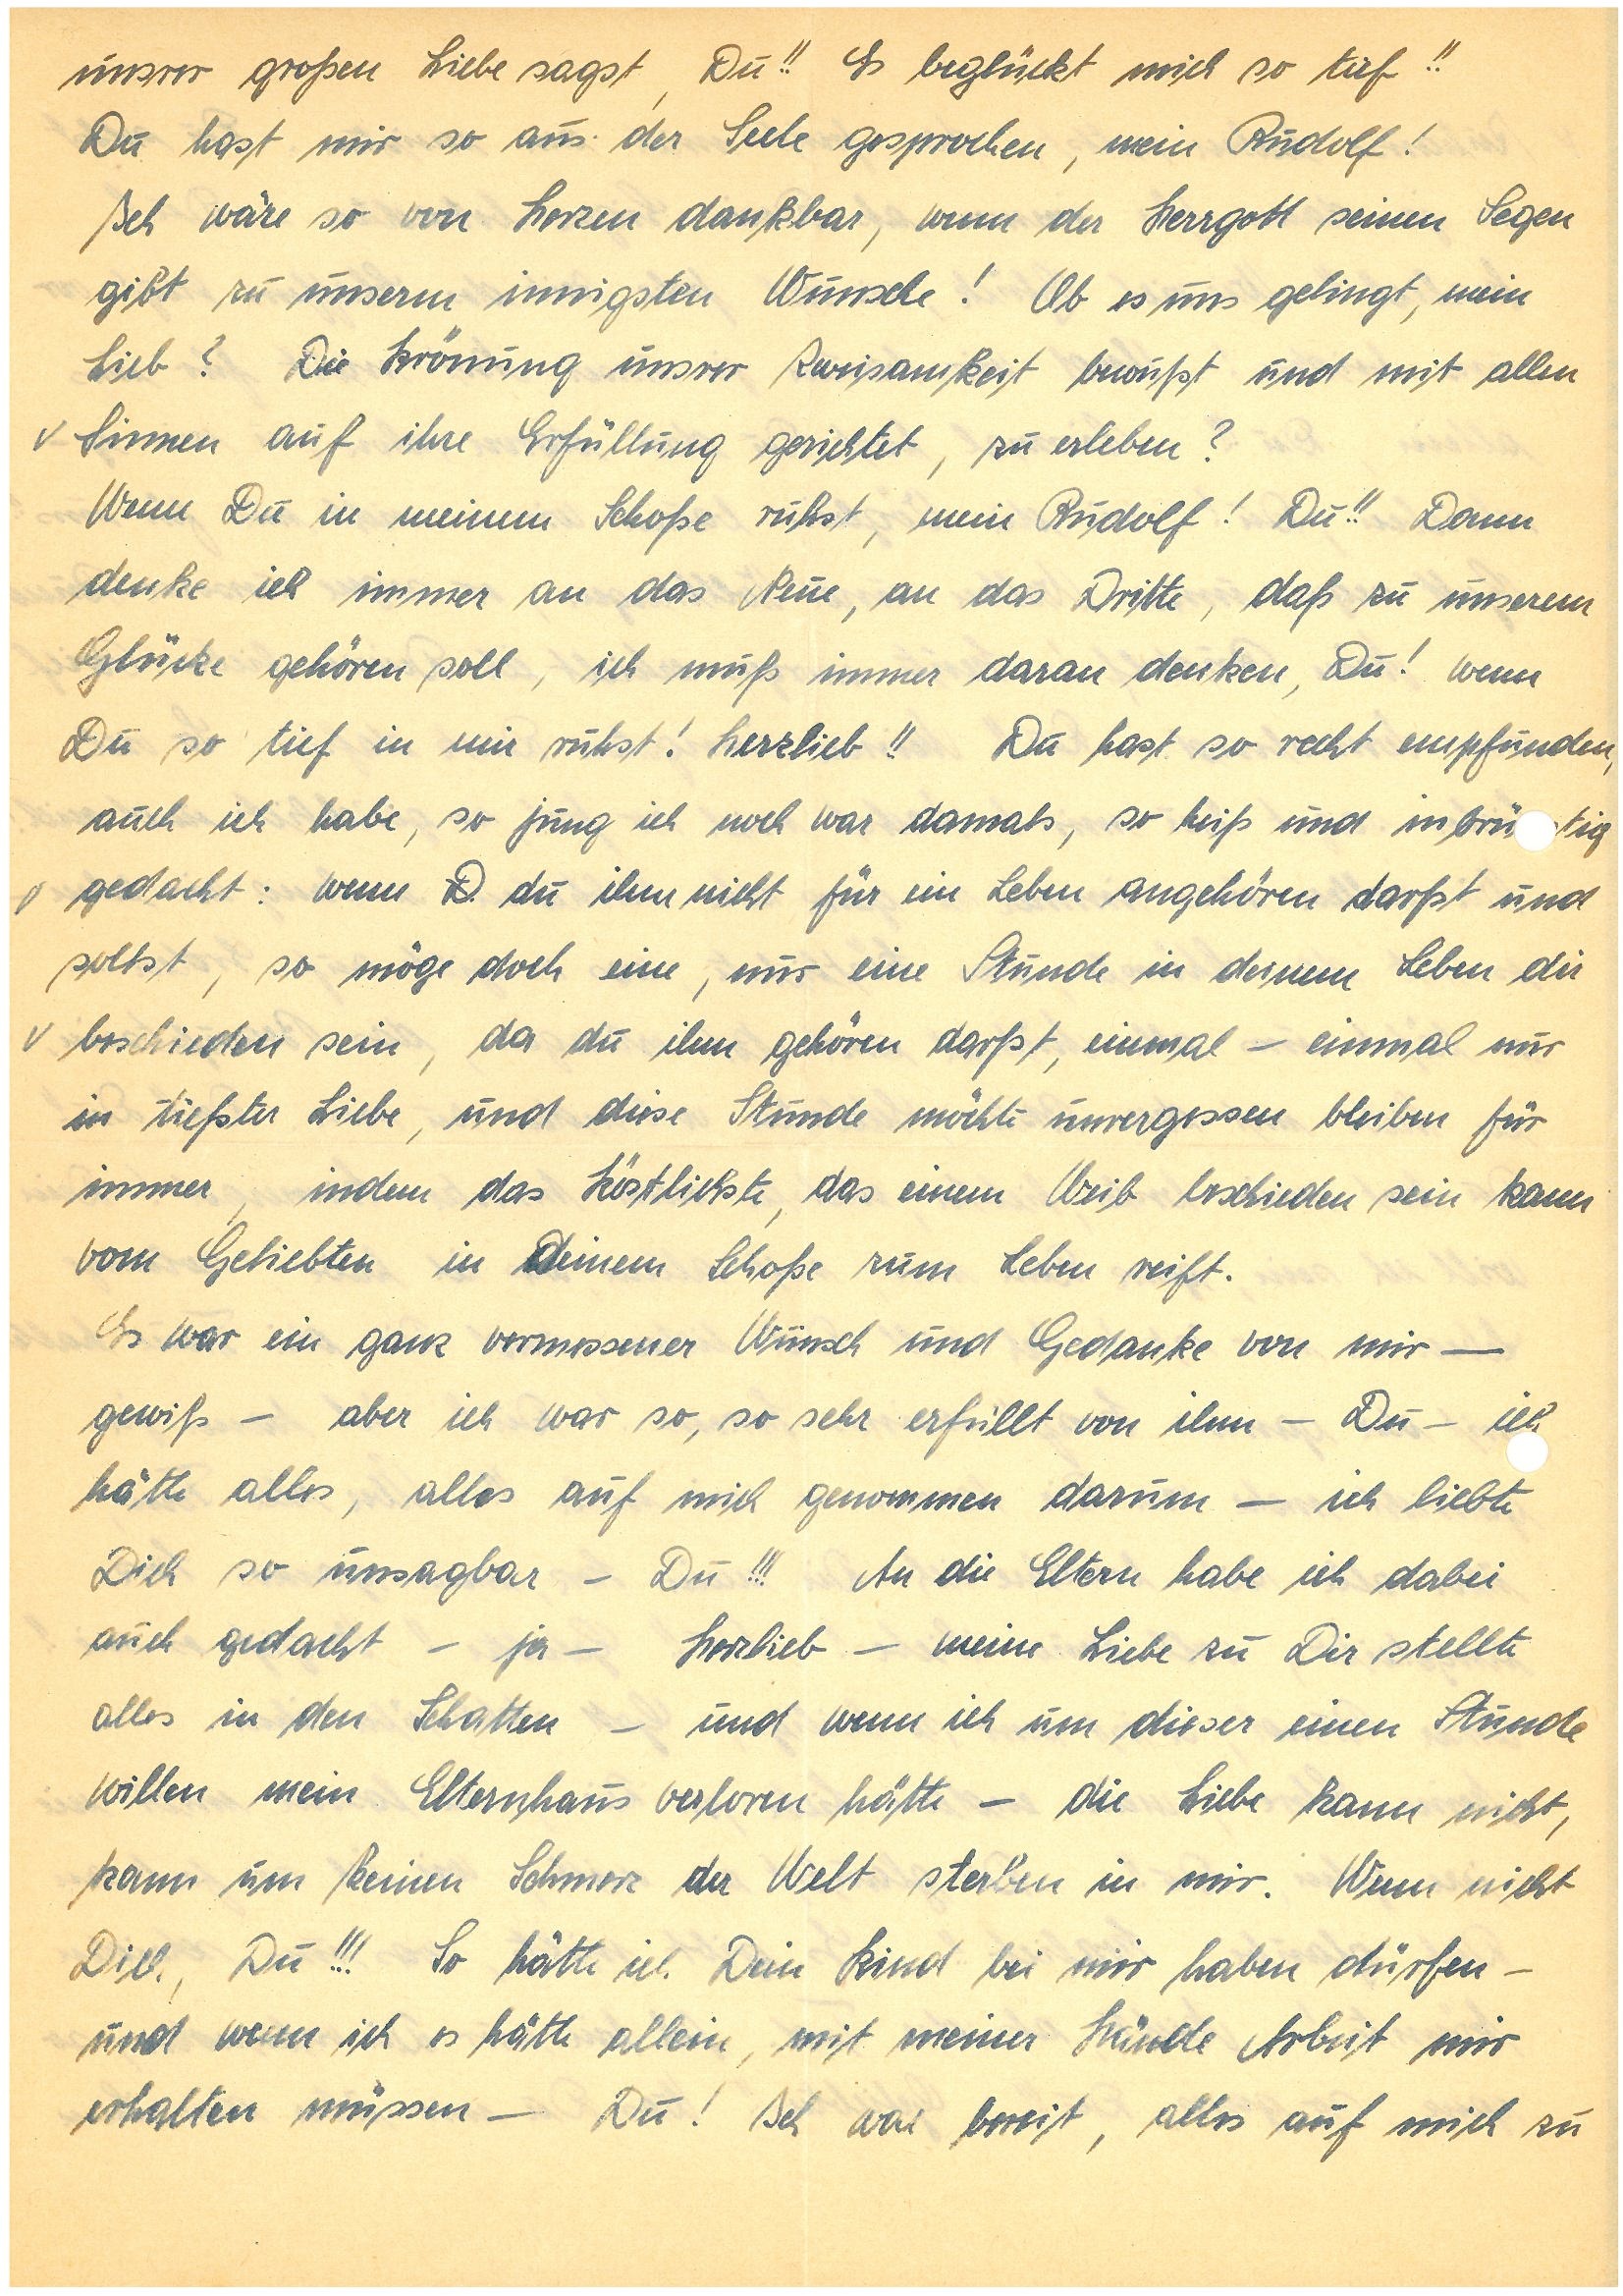
unsrer großen Liebe sagst, Du!! Es beglückt mich so tief!!
Du hast mir so aus der Seele gesprochen, mein!
Ich wäre so von Herzen dankbar, wenn der Herrgott seinen Segen
gibt zu unserm innigsten Wunsche! Ob es uns gelingt, mein
Lieb? Die Krönung unsrer Zweisamkeit bewußt und mit allen
Sinnen auf ihre Erfüllung gerichtet, zu erleben?
Wenn Du in meinem Schoße ruhst, mein! Du!! Dann
denke ich immer an das Neue, an das Dritte, daß zu unserem
Glücke gehören soll, ich muß immer daran denken, Du! wenn
Du so tief in mir ruhst! Herzlieb!! Du hast so recht empfunden,
auch ich habe, so jung ich noch war damals, so heiß und inbrütig
gedacht: wenn D du ihm nicht für ein Leben angehören darfst und
sollst, so möge doch eine, nur eine Stunde in deinem Leben dir
beschieden sein, da du ihm gehören darfst, einmal – einmal nur
in tiefster Liebe, und diese Stunde möchte unvergessen bleiben für
immer, indem das köstlichste, das einem Weib beschieden sein kann
vom Geliebten in deinem Schoße zum Leben reift.
Es war ein ganz vermessener Wunsch und Gedanke von mir –
gewiß – aber ich war so, so sehr erfüllt von ihm – Du – ich
hätte alles, alles auf mich genommen darum – ich liebte
Dich so unsagbar – Du!!! An die Eltern habe ich dabei
auch gedacht – ja – Herzlieb – meine Liebe zu Dir stellte
alles in den Schatten – und wenn ich um dieser einen Stunde
willen mein Elternhaus verloren hätte – die Liebe kann nicht,
kann um keinen Schmerz der Welt sterben in mir. Wenn nicht
Dich, Du!!! So hätte ich Dein Kind bei mir haben dürfen –
und wenn ich es hätte allein, mit meiner Hände Arbeit mir
erhalten müssen – Du! Ich war bereit, alles auf mich zu